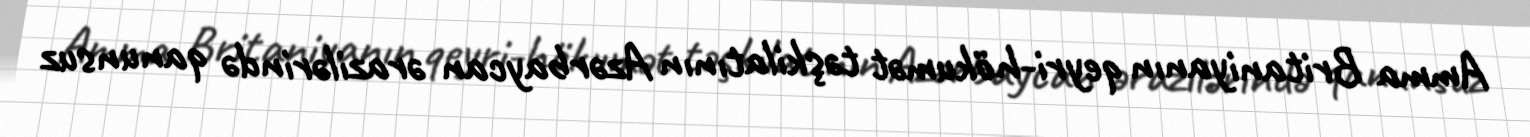
Amma Britaniyanın qeyri-hökumət təşkilatının Azərbaycan ərazilərində qanunsuz